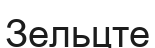
Зельцте